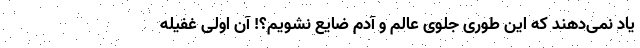
یاد نمی‌دهند که این طوری جلوی عالم و آدم ضایع نشویم؟! آن اولی غفیله